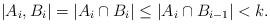
LaTeX: \begin{align*}|A_i,B_i| = |A_i \cap B_i| \leq |A_i \cap B_{i-1}| < k.\end{align*}